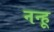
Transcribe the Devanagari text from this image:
नन्हू